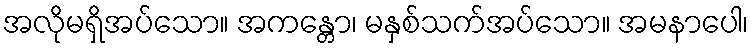
အလိုမရှိအပ်သော။ အကန္တော၊ မနှစ်သက်အပ်သော။ အမနာပေါ၊